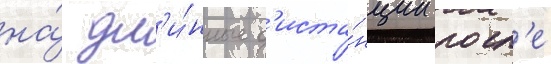
на́ дл'и́нные д'иста́нции посл'е